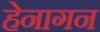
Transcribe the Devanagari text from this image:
हेनागन